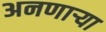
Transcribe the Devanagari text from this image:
अनणाऱ्या